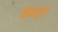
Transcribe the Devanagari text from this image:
कैवर्न